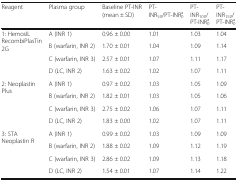
| Reagent | Plasma group | Baseline PT-INR (mean ± SD) | PT-INR50/PT-INR0a | PT-INR100/PT-INR0a | PT-INR150/PT-INR0a |
 | --- | --- | --- | --- | --- | --- |
 | <ROWSPAN=4> 1: HemosIL RecombiPlasTin 2G | A (INR 1) | 0.96 ± 0.00 | 1.01 | 1.03 | 1.04 |
 | B (warfarin, INR 2) | 1.70 ± 0.01 | 1.04 | 1.09 | 1.14 |
 | C (warfarin, INR 3) | 2.57 ± 0.01 | 1.07 | 1.11 | 1.17 |
 | D (LC, INR 2) | 1.63 ± 0.02 | 1.02 | 1.07 | 1.11 |
 | <ROWSPAN=4> 2: Neoplastin Plus | A (INR 1) | 0.97 ± 0.02 | 1.03 | 1.05 | 1.09 |
 | B (warfarin, INR 2) | 1.82 ± 0.01 | 1.03 | 1.05 | 1.06 |
 | C (warfarin, INR 3) | 2.75 ± 0.02 | 1.06 | 1.07 | 1.11 |
 | D (LC, INR 2) | 1.83 ± 0.00 | 1.02 | 1.07 | 1.11 |
 | <ROWSPAN=4> 3: STA Neoplastin R | A (INR 1) | 0.99 ± 0.02 | 1.03 | 1.09 | 1.09 |
 | B (warfarin, INR 2) | 1.88 ± 0.02 | 1.09 | 1.12 | 1.19 |
 | C (warfarin, INR 3) | 2.86 ± 0.02 | 1.09 | 1.13 | 1.18 |
 | D (LC, INR 2) | 1.54 ± 0.01 | 1.07 | 1.14 | 1.22 |